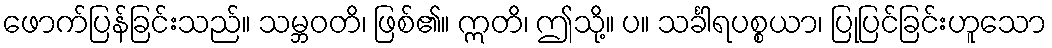
ဖောက်ပြန်ခြင်းသည်။ သမ္ဘဝတိ၊ ဖြစ်၏။ ဣတိ၊ ဤသို့။ ပ။ သင်္ခါရပစ္စယာ၊ ပြုပြင်ခြင်းဟူသော